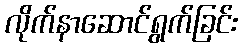
လိုက်နာဆောင်ရွက်ခြင်း